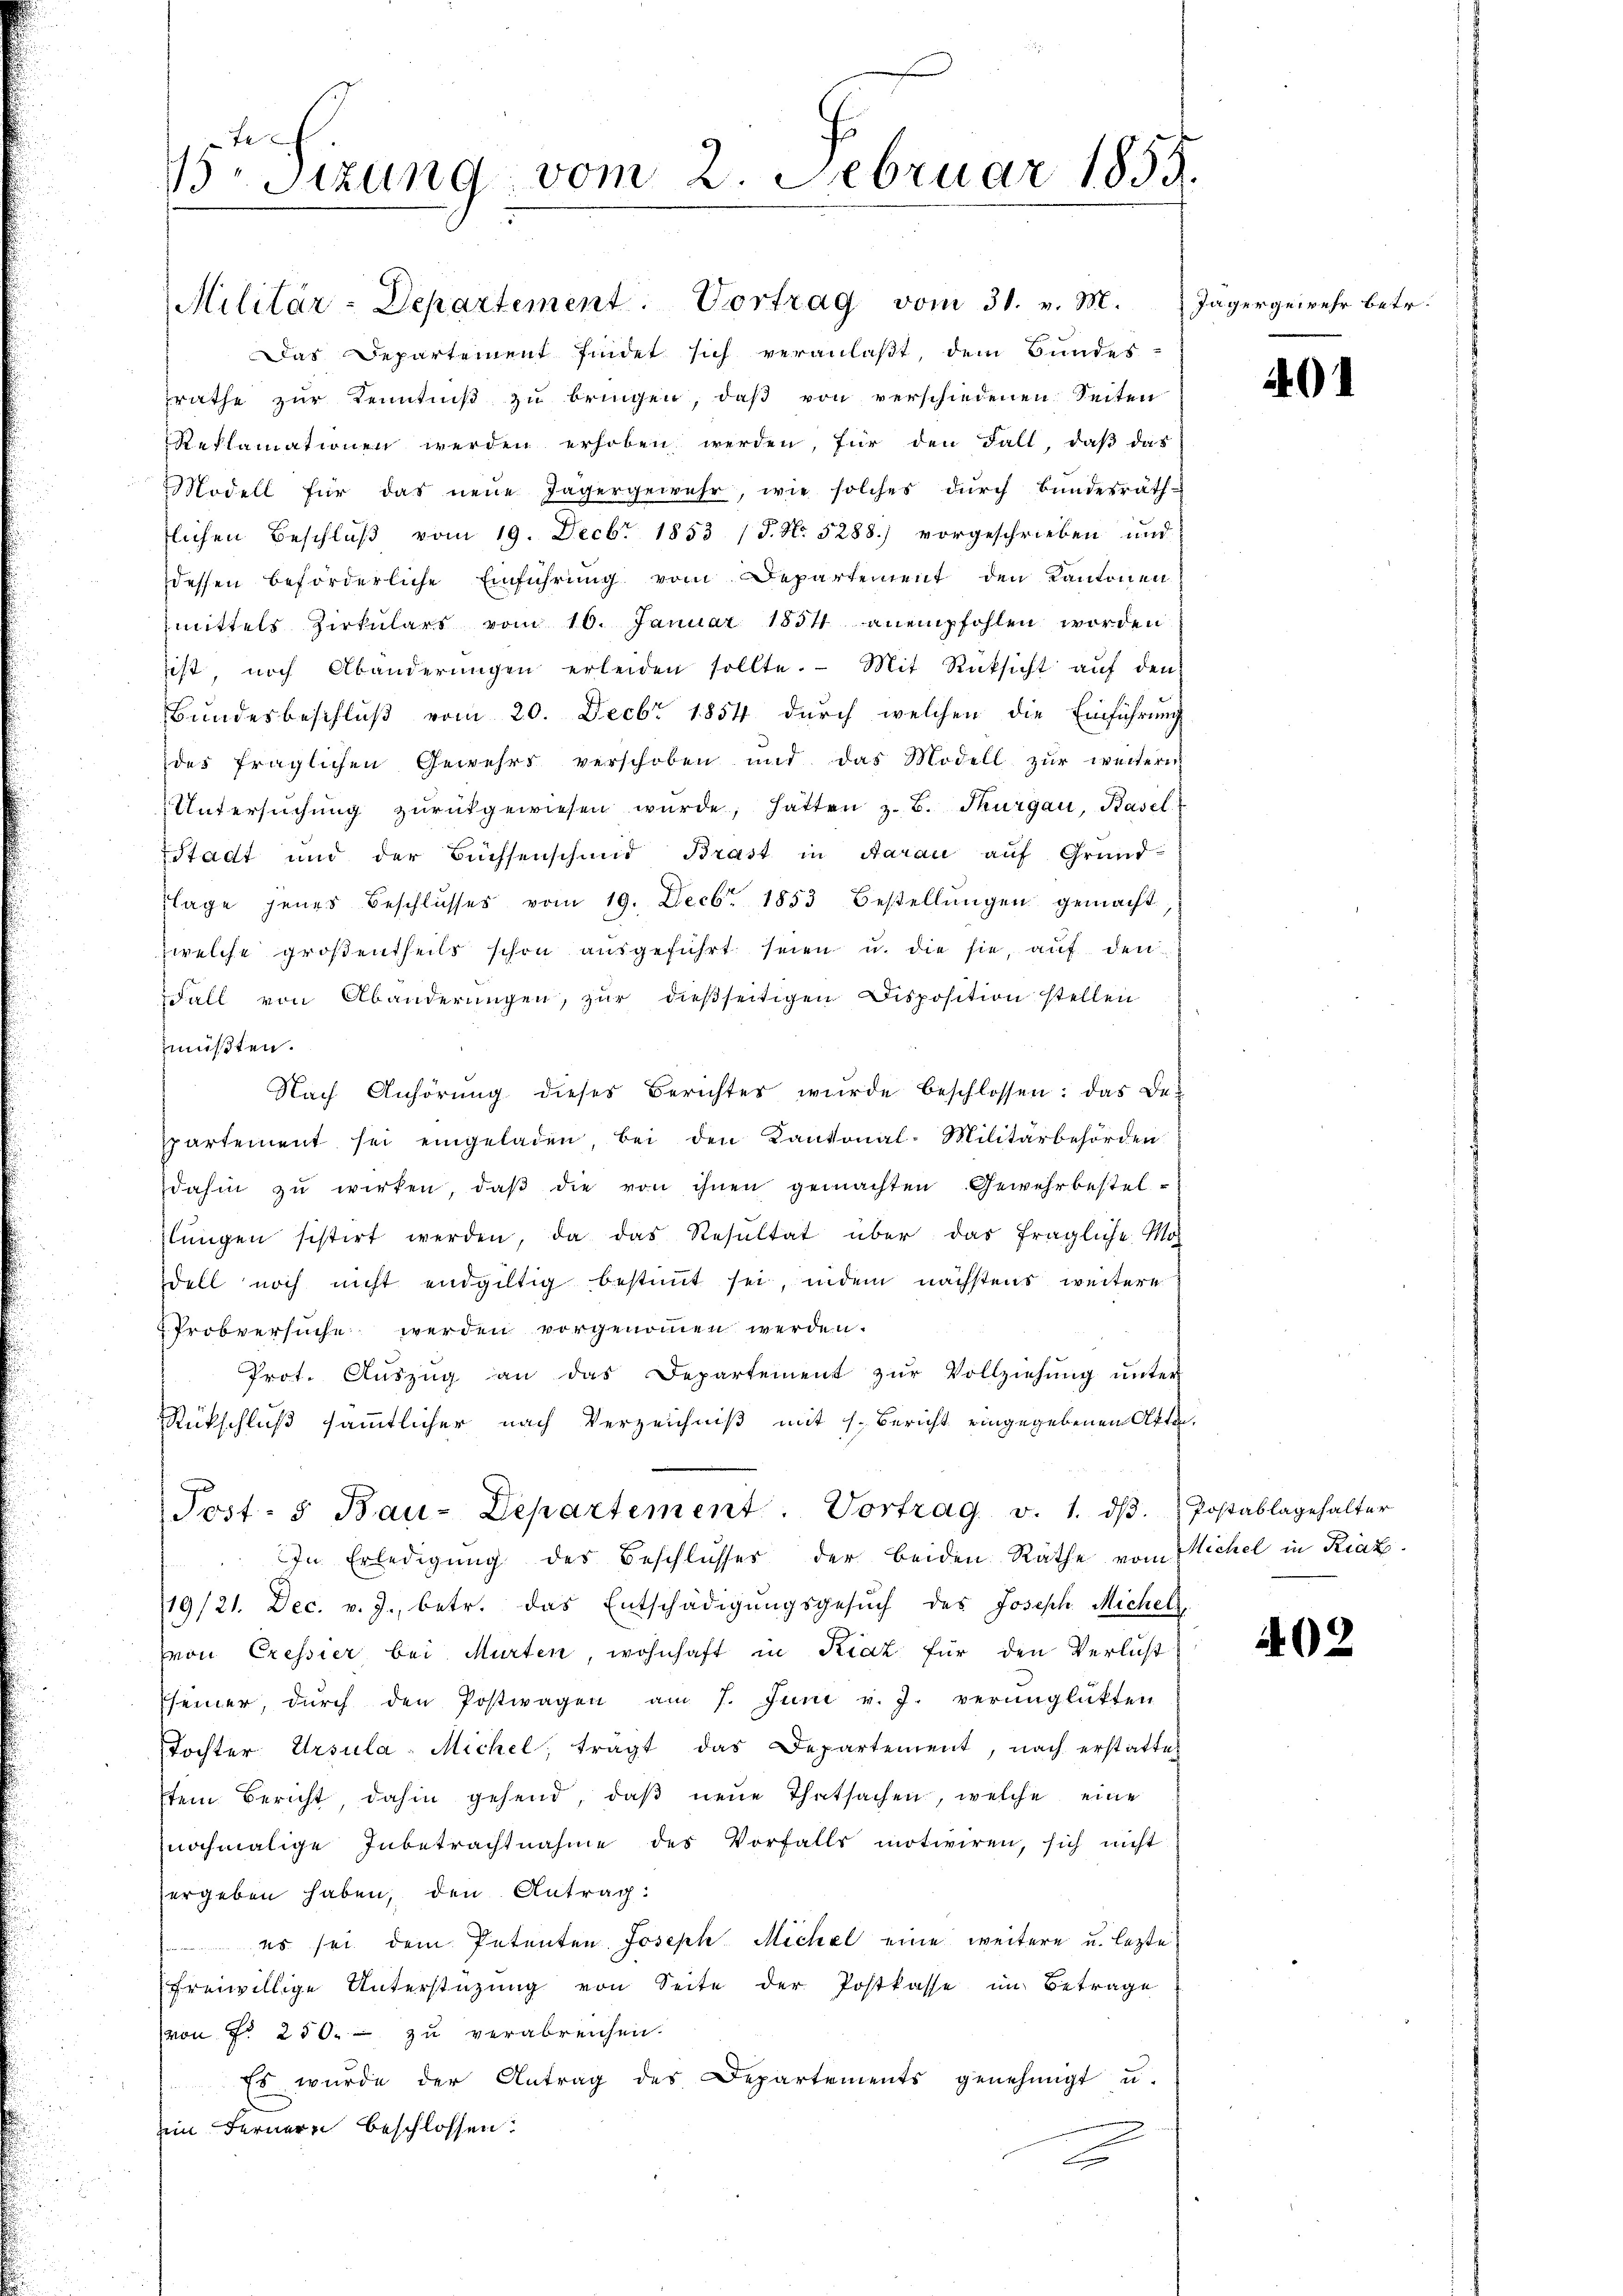
Br Sitzung vom 2. Februar 1855.

Militär-Departement. Vortrag vom 31. v. M.
Das Departement findet sich veranlaßt, dem Bundes-
rathe zur Kenntniß zu bringen, daß von verschiedenen Seiten
Reklamationen werden erhoben werden, für den Fall, daß das
Modell für das neue Tagergewehr, wie solches durch Bundesräth
flichen Beschlŭβ vom 19. Decbr 1853 (S. No. 5288.) vorgeschrieben und
dessen beförderliche Einführung vom Departement den Kantonen
mittels Zirkulars vom 10. Januar 1854 anempfohlen worden
sist, noch Abänderŭngen erleiden sollte. Mit Rücksicht auf den
Bundesbeschluß vom 20. Decbr 1854 durch welchen die Einführung
des fraglichen Gewehrs verschoben und das Modell zur weitern
Untersŭchŭng zŭrückgewiesen wŭrde, hatten z. B. Thurgau, Basel
Stadt und der Büchsenschmid Brast in Aarau auf Grund-
flage jenes Beschlŭsses vom 19. Decbr. 1853 bestellŭngen gemacht
zwelche großentheils schon aŭsgeführt seien u. die sie, auf den
Fall von Abänderŭngen, zŭr dießseitigen Disposition stellen
müßten.
Nach Anhörung dieses Berichtes wurde beschlossen: das Be-
spartement sei eingeladen bei den Kantonal-Militärbehörden
dahin zŭ wirken, daβ die von ihnen gemachten Gewehr bestellŭngen sistirt werden, da das Resŭltat über das fragliche Mo-
dell noch nicht endgültig bestimmt sei, indem nächstens weitere
 Probversuche werden vorgenommen werden.
Prot. Aŭszŭg an das Departement zŭr Vollziehŭng ŭnter
Rückschluß sämmtlicher nach Verzeichniß mit 1. Bericht eingegebenen Atte
Post- u Bau-Departement. Vortrag v. 1. dβ.
In Erledigung des Beschlüsser der beiden Rathe vom
19/21. Dec. v. J., betr. das Entschädigungsgesŭch des Joseph Michel
von Exessier bei Murten, wohnhaft in Krat für den Verlust
seiner, dŭrch den Postwagen am 7. Juni v. J. verunglükten
Tochter Ursula- Michel, tragt das Departement, nach erstattet
tem Bericht dahin gehend, daβ neŭe Thatsachen, welche eine
nochmalige Inbetrachtnahme des Vorfalls motiviren, sich nicht
ergeben haben, den Antrag:
 es sei dem Petenten Joseph Michel eine weitere u. lezte
freiwillige Unterstützung von Seite der Postkasse im Betrage
von Fr. 250. - zu verabreichen.
Es würde der Antrag des Departements genehmigt u.
ein Fernern beschlossen:
u

Jäger gewehr betr.

401

Postablagehalter
Michel in Riaz

402